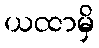
ယထာမှိ